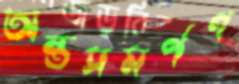
অন্তসমর্পণ